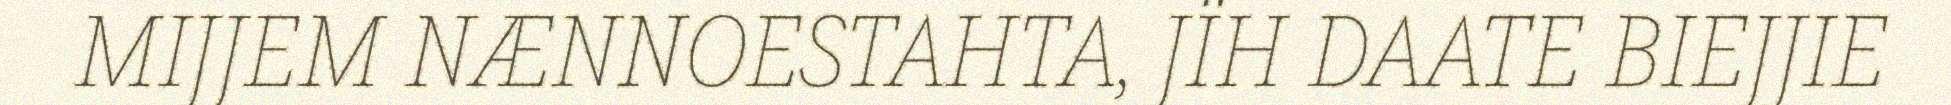
MIJJEM NÆNNOESTAHTA, JÏH DAATE BIEJJIE